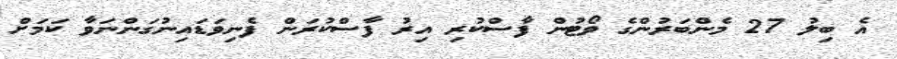
އެ ބިލު 27 މެންބަރުންގެ ވޯޓުން ފާސްކުރި އިރު ފާސްކުރަން ފެނިވަޑައިނުގަންނަވާ ކަމަށް